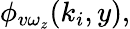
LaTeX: \phi_{v\omega_{z}}(k_{i},y),